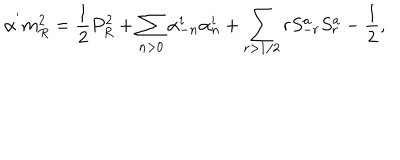
LaTeX: \alpha ^ { ' } m _ { R } ^ { 2 } = \frac { 1 } { 2 } P _ { R } ^ { 2 } + \sum _ { n > 0 } \alpha _ { - n } ^ { i } \alpha _ { n } ^ { i } + \sum _ { r > 1 / 2 } r S _ { - r } ^ { a } S _ { r } ^ { a } - \frac { 1 } { 2 } ,